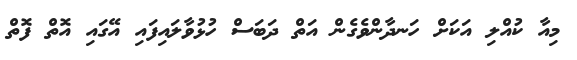
މިއާ ކުއްލި އަކަށް ހަނދާންވެގެން އަތް ދަބަސް ހުޅުވާލައިފައި އޭގައި އޮތް ފޮތް